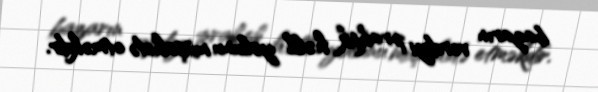
bazarın verdiyi praktik həll yolunu müşahidə etməkdir.